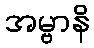
အမ္ဗာနိ